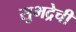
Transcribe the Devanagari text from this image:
सुभद्रेची